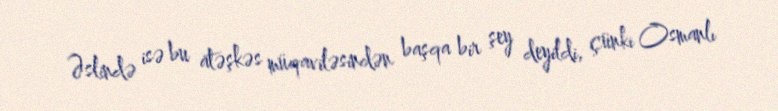
Əslində isə bu atəşkəs müqaviləsindən başqa bir şey deyildi, çünki Osmanlı